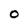
Character: o